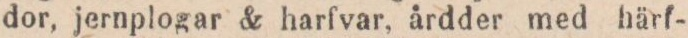
dor, jernplogar & harfvar, årdder med härf-